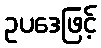
ဥပဒေဖြင့်